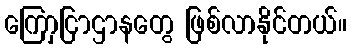
ကြောှငြာဌာနတွေ ဖြစ်လာနိုင်တယ်။